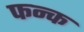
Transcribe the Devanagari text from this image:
फन्क